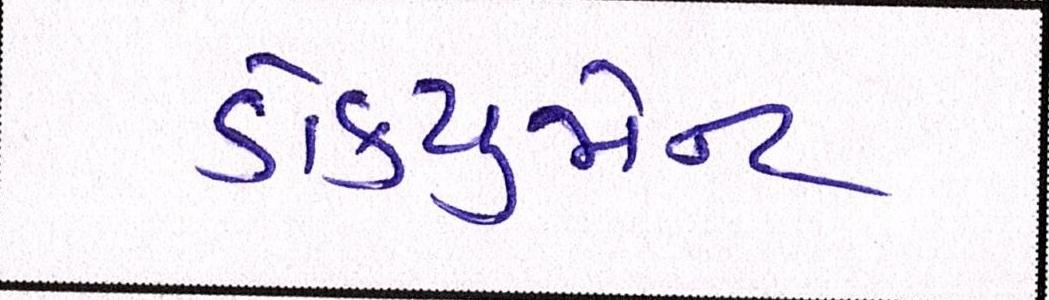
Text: ડોકયુમેન્ટ